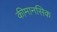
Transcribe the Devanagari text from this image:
कीमानसिक